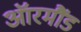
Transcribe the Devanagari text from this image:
ऑरमौंड